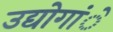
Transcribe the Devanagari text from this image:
उद्योगांे